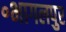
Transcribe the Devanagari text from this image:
॰भागलपुर